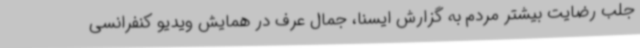
جلب رضایت بیشتر مردم به گزارش ایسنا، جمال عرف در همایش ویدیو کنفرانسی